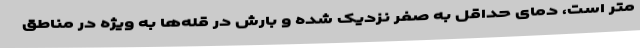
متر است، دمای حداقل به صفر نزدیک شده و بارش در قله‌ها به ویژه در مناطق